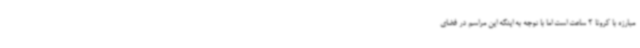
مبارزه با کرونا 2 ساعت است اما با توجه به اینکه این مراسم در فضای